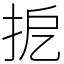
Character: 㧖